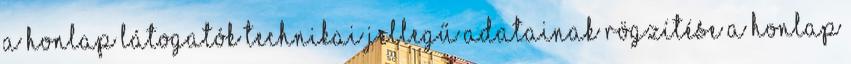
A honlap látogatók technikai jellegű adatainak rögzítése A honlap